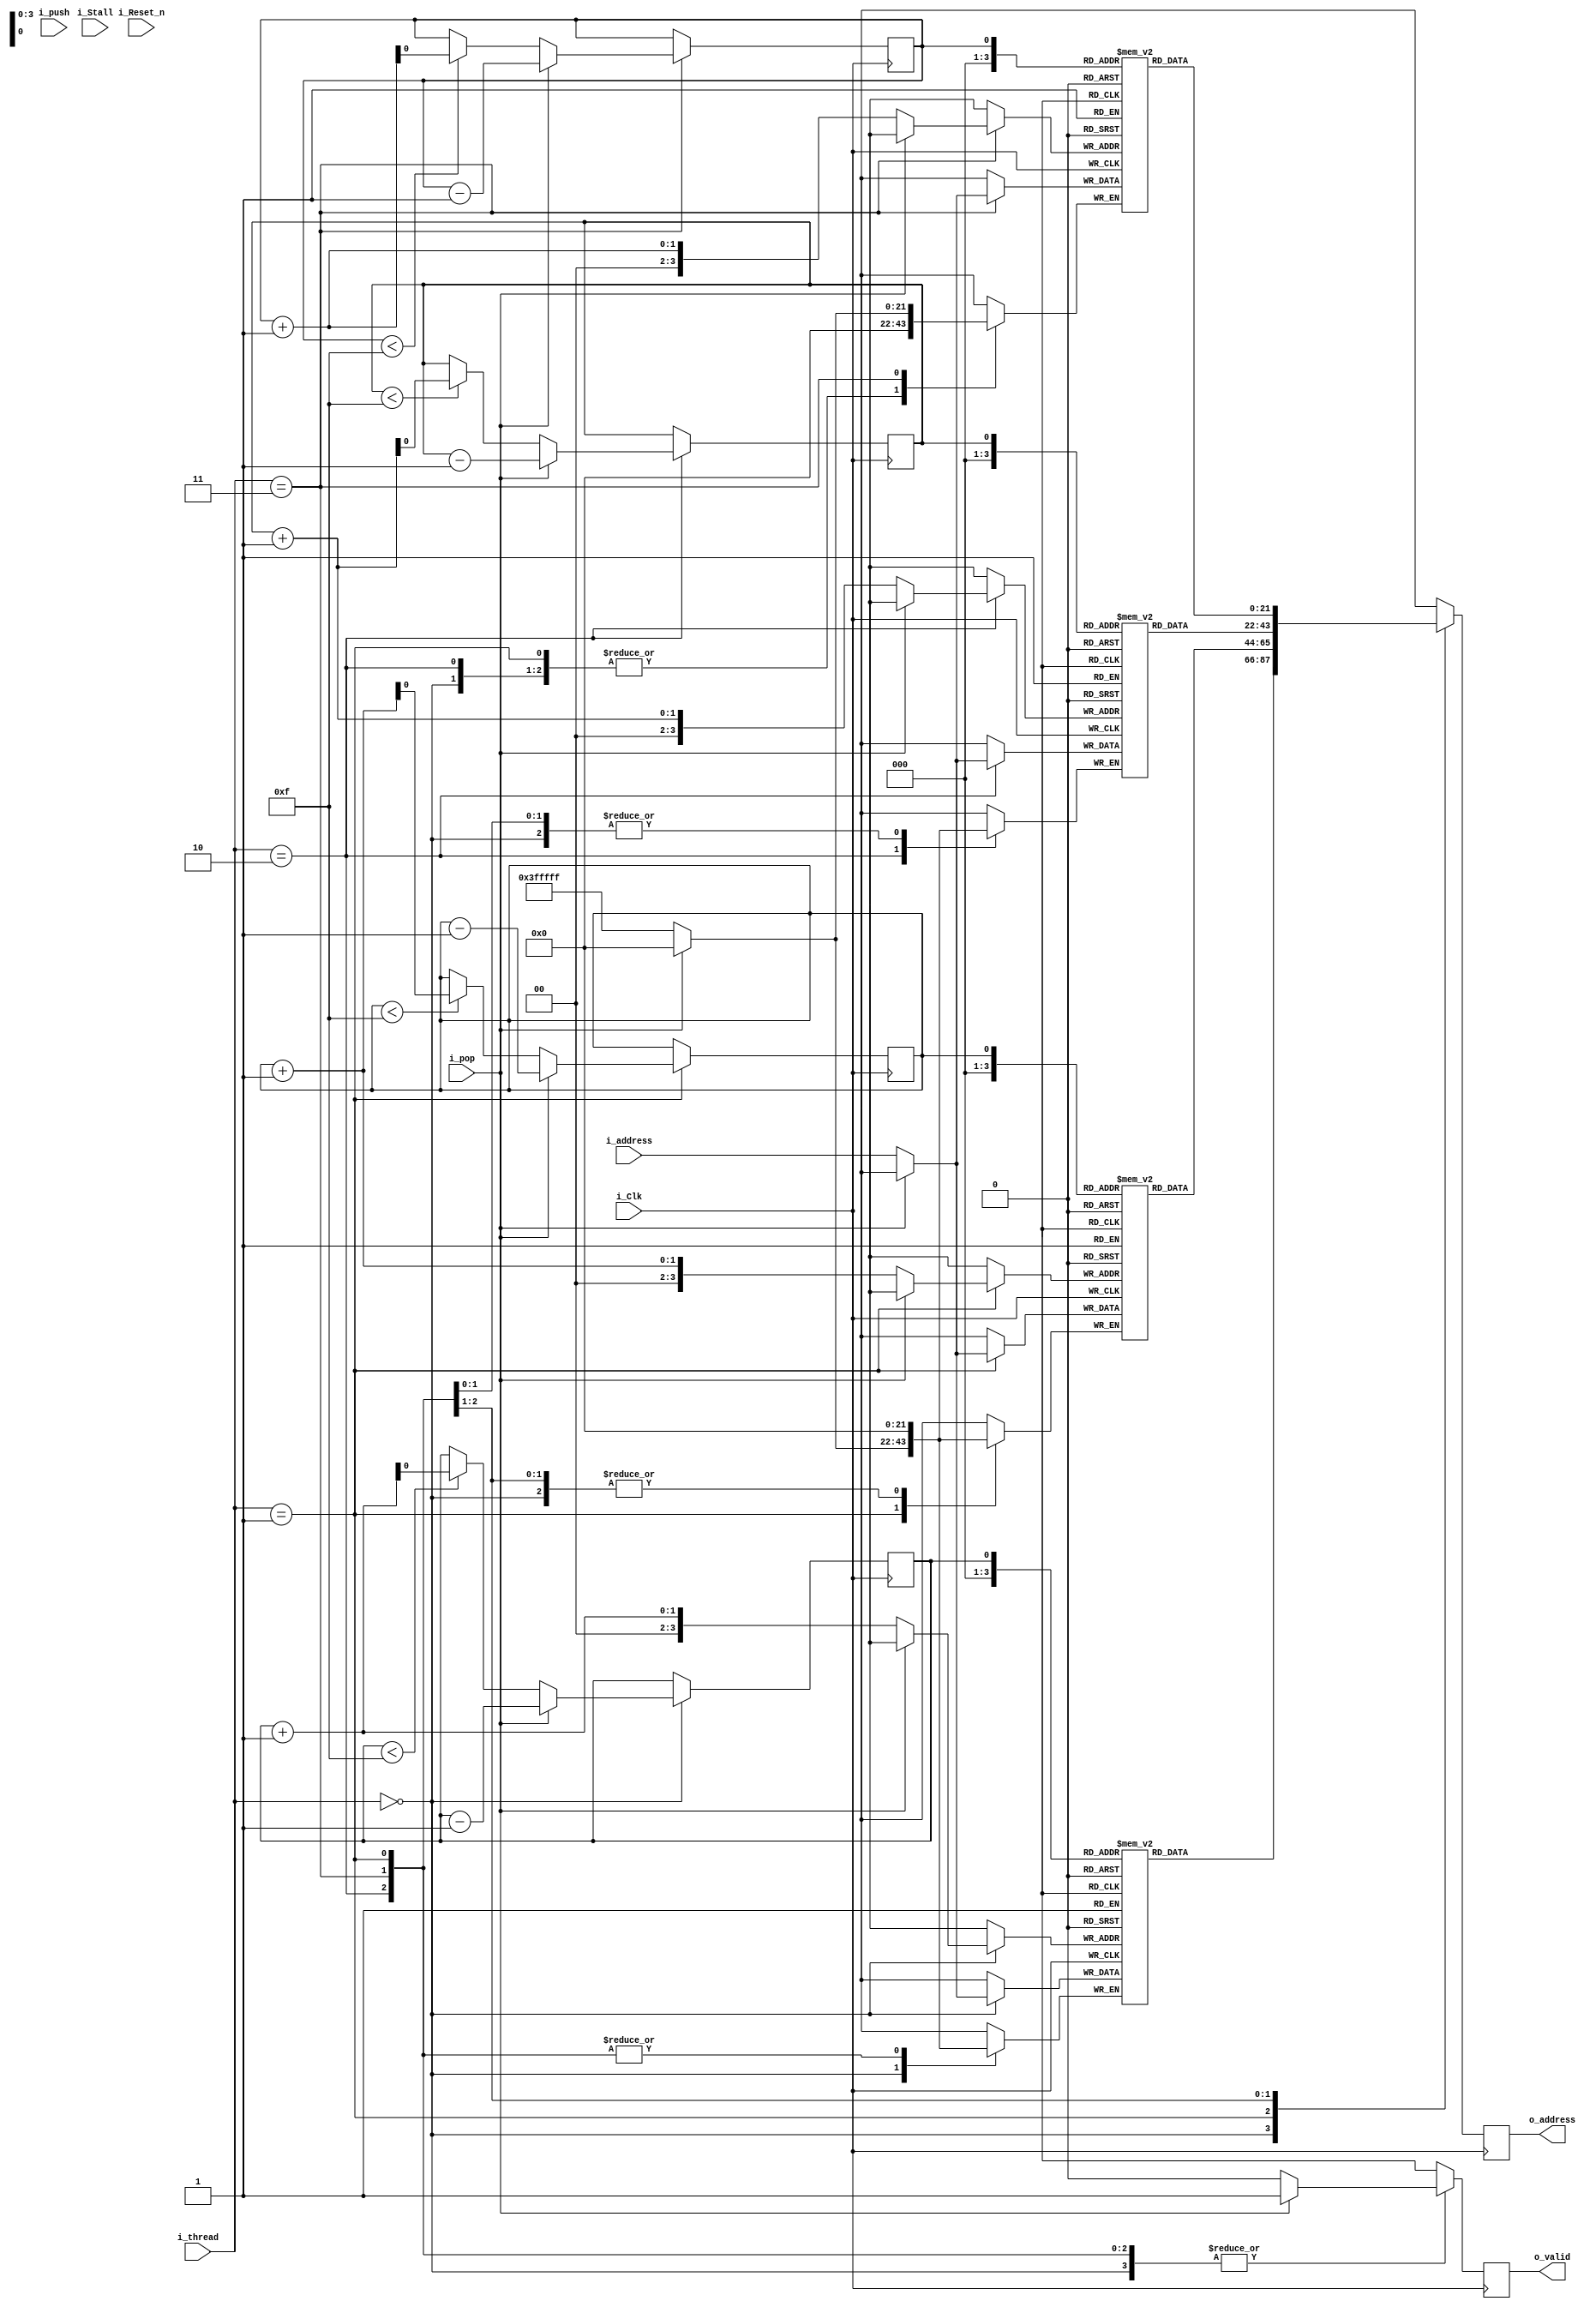
module jump_stack#(
					parameter DATA_WIDTH = 32,
					parameter ADDRESS_WIDTH = 22,
					parameter STACK_SIZE = 16
				)
				(
					input i_Clk,
					input i_Stall,

					////Inputs from pre-align
					input [ADDRESS_WIDTH-1:0] i_address,	//address in memory (for hash)
					input [1:0] i_thread,					//to choose which thread to use
					input i_pop,							//push if jal - 0, pop if jr - 1
					input i_push,							//1 if jal or jr, 0 otherwise

					input i_Reset_n,

					output reg [ADDRESS_WIDTH-1:0] o_address,	//popped value - if jr
					output reg o_valid							// 1 if jr, 0 if jal or other
				);

reg [ADDRESS_WIDTH-1:0] stack0[STACK_SIZE-1:0];
reg [ADDRESS_WIDTH-1:0] stack1[STACK_SIZE-1:0];
reg [ADDRESS_WIDTH-1:0] stack2[STACK_SIZE-1:0];
reg [ADDRESS_WIDTH-1:0] stack3[STACK_SIZE-1:0];
reg stack_pointer[3:0];

always@(posedge i_Clk)
begin
	case(i_thread)

		0:
		begin
			if(i_pop)		//pop
			begin
				o_address <= stack0[stack_pointer[0]];
				stack_pointer[0] <= stack_pointer[0] - 1;
				o_valid <= 1;
			end
			else			//push
			begin
				stack0[stack_pointer[0]+1] <= i_address;
				if(stack_pointer[0] < STACK_SIZE-1)
				begin
					stack_pointer[0] <= stack_pointer[0] + 1;
				end
				o_valid <= 0;
				o_address <= stack0[stack_pointer[0]];
			end
		end

		1:
		begin
			if(i_pop)		//pop
			begin
				o_address <= stack1[stack_pointer[1]];
				stack_pointer[1] <= stack_pointer[1] - 1;
				o_valid <= 1;
			end
			else			//push
			begin
				stack1[stack_pointer[1]+1] <= i_address;
				if(stack_pointer[1] < STACK_SIZE-1)
				begin
					stack_pointer[1] <= stack_pointer[1] + 1;
				end
				o_valid <= 0;
				o_address <= stack1[stack_pointer[1]];
			end
		end

		2:
		begin
			if(i_pop)		//pop
			begin
				o_address <= stack2[stack_pointer[2]];
				stack_pointer[2] <= stack_pointer[2] - 1;
				o_valid <= 1;
			end
			else			//push
			begin
				stack2[stack_pointer[2]+1] <= i_address;
				if(stack_pointer[2] < STACK_SIZE-1)
				begin
					stack_pointer[2] <= stack_pointer[2] + 1;
				end
				o_valid <= 0;
				o_address <= stack2[stack_pointer[2]];
			end
		end

		3:
		begin
			if(i_pop)		//pop
			begin
				o_address <= stack3[stack_pointer[3]];
				stack_pointer[3] <= stack_pointer[3] - 1;
				o_valid <= 1;
			end
			else			//push
			begin
				stack3[stack_pointer[3]+1] <= i_address;
				if(stack_pointer[3] < STACK_SIZE-1)
				begin
					stack_pointer[3] <= stack_pointer[3] + 1;
				end
				o_valid <= 0;
				o_address <= stack3[stack_pointer[3]];
			end
		end
	endcase
end

endmodule